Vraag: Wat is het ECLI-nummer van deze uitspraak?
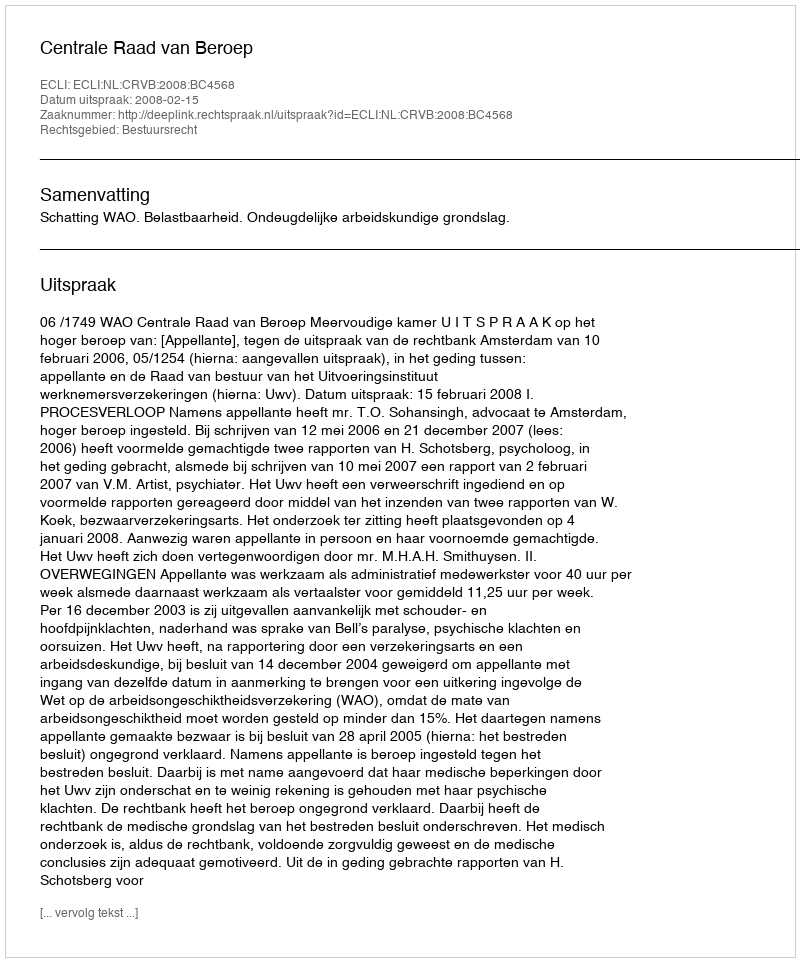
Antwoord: ECLI:NL:CRVB:2008:BC4568